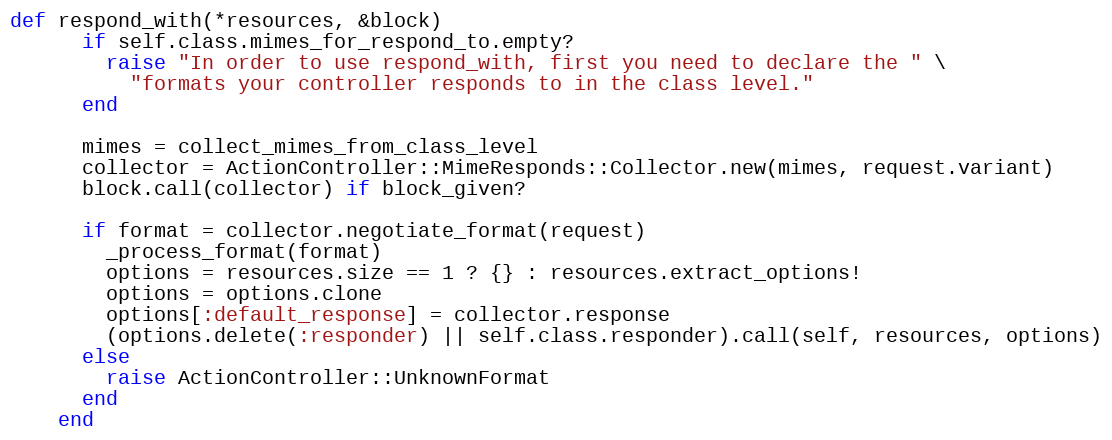
Language: Ruby
def respond_with(*resources, &block)
      if self.class.mimes_for_respond_to.empty?
        raise "In order to use respond_with, first you need to declare the " \
          "formats your controller responds to in the class level."
      end

      mimes = collect_mimes_from_class_level
      collector = ActionController::MimeResponds::Collector.new(mimes, request.variant)
      block.call(collector) if block_given?

      if format = collector.negotiate_format(request)
        _process_format(format)
        options = resources.size == 1 ? {} : resources.extract_options!
        options = options.clone
        options[:default_response] = collector.response
        (options.delete(:responder) || self.class.responder).call(self, resources, options)
      else
        raise ActionController::UnknownFormat
      end
    end